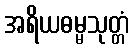
အရိယဓမ္မသုတ္တံ